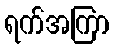
ရက်အကြာ